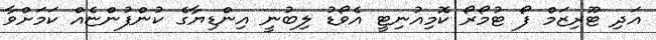
އަދި ޓޫރިޒަމް ފޯ ޓުމޯރޯ ކޮމިއުނިޓީ އެވޯޑު ލިބުނީ އިންޑިޔާގެ ކުންފުންޏެއް ކަމަށްވާ